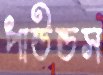
পাউন্ডস